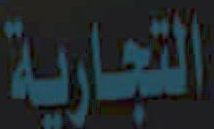
التجارية